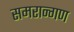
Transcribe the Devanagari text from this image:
समरान्गण